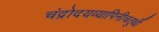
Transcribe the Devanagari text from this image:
चंद्रोदयव्यापिनीचतुर्थी